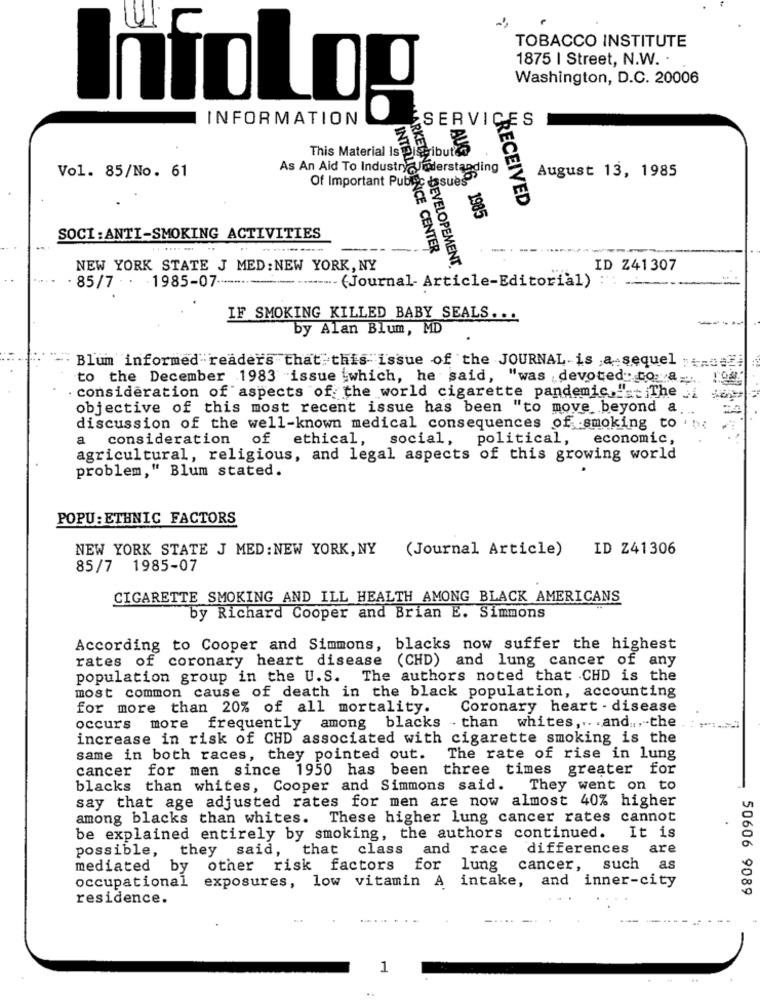
TOBACCO INSTITUTE
1875 | Street, N.W. .
Washington, D.C. 20006
InfoLog
INFORMATION
SERVICES
This Material Is Dige ibut
As An Aid To Industry Understanding
August 13, 1985
Vol. 85/No. 61
Of Important Public issues
RECEIVED
46, 1985
SOCI : ANTI-SMOKING ACTIVITIES
INTELLIGENCE CENTER
-
--......
NEW YORK STATE J MED: NEW YORK, NY
DEVELOPEMENT
ID Z41307
- 1985-07 ----
. 85/7
(Journal- Article-Editorial) ;
IF SMOKING KILLED BABY SEALS ...
by Alan Blum, MD
Blum informed readers that this issue of the JOURNAL is a sequel "truez.
to the December 1983 issue which, he said, "was devoted to a_
consideration of aspects of the world cigarette pandemic." -- The
objective of this most recent issue has been "to move beyond a
discussion of the well-known medical consequences of smoking to
a consideration of ethical, social, political,
economic,
agricultural, religious, and legal aspects of this growing world
problem," Blum stated.
POPU : ETHNIC FACTORS
NEW YORK STATE J MED: NEW YORK, NY
(Journal Article) ID Z41306
85/7 1985-07
CIGARETTE SMOKING AND ILL HEALTH AMONG BLACK AMERICANS
by Richard Cooper and Brian E. Simmons
According to Cooper and Simmons, blacks now suffer the highest
rates of coronary heart disease (CHD) and lung cancer of any
population group in the U.S. The authors noted that CHD is the
most common cause of death in the black population, accounting
for more than 20% of all mortality.
Coronary heart - disease
among blacks - than whites ,.. . and .., the
occurs more frequently
increase in risk of CHD associated with cigarette smoking is the
same in both races, they pointed out.
The rate of rise in lung
cancer for men since 1950 has been three times greater for
blacks than whites, Cooper and Simmons said.
They went on to
say that age adjusted rates for men are now almost 40% higher
among blacks than whites. These higher lung cancer rates cannot
It is
be explained entirely by smoking, the authors continued.
possible, they said, that class
and
race differences are
mediated by other risk factors
for
lung
cancer, such
as
exposures, low vitamin A
intake,
and inner-city
occupational
50606 9089
residence.
1